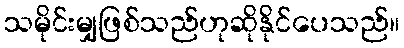
သမိုင်းမျှဖြစ်သည်ဟုဆိုနိုင်ပေသည်။